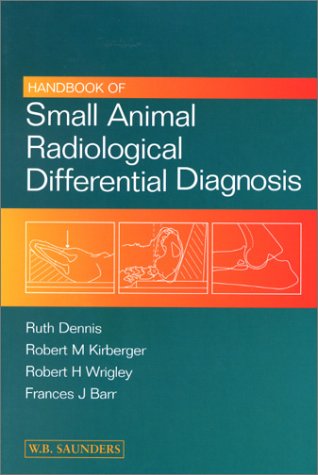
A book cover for Handbook of Small Animal Radiological Differential Diagnosis, 1e; Ruth Dennis MA  VctMB  DVR  DipECVDI  MRCVS; Medical Books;